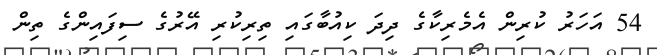
54 އަހަރު ކުރިން އެމެރިކާގެ ދިދަ ކިއުބާގައި ތިރިކުރި އޭރުގެ ސިފައިންގެ ތިން